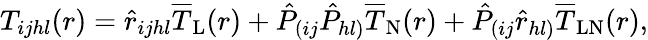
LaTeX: T_{ijhl}(r)=\hat{r}_{ijhl}\overline{{T}}_{\mathrm{L}}(r)+\hat{P}_{(ij}\hat{P}_{hl)}\overline{{T}}_{\mathrm{N}}(r)+\hat{P}_{(ij}\hat{r}_{hl)}\overline{{T}}_{\mathrm{LN}}(r),